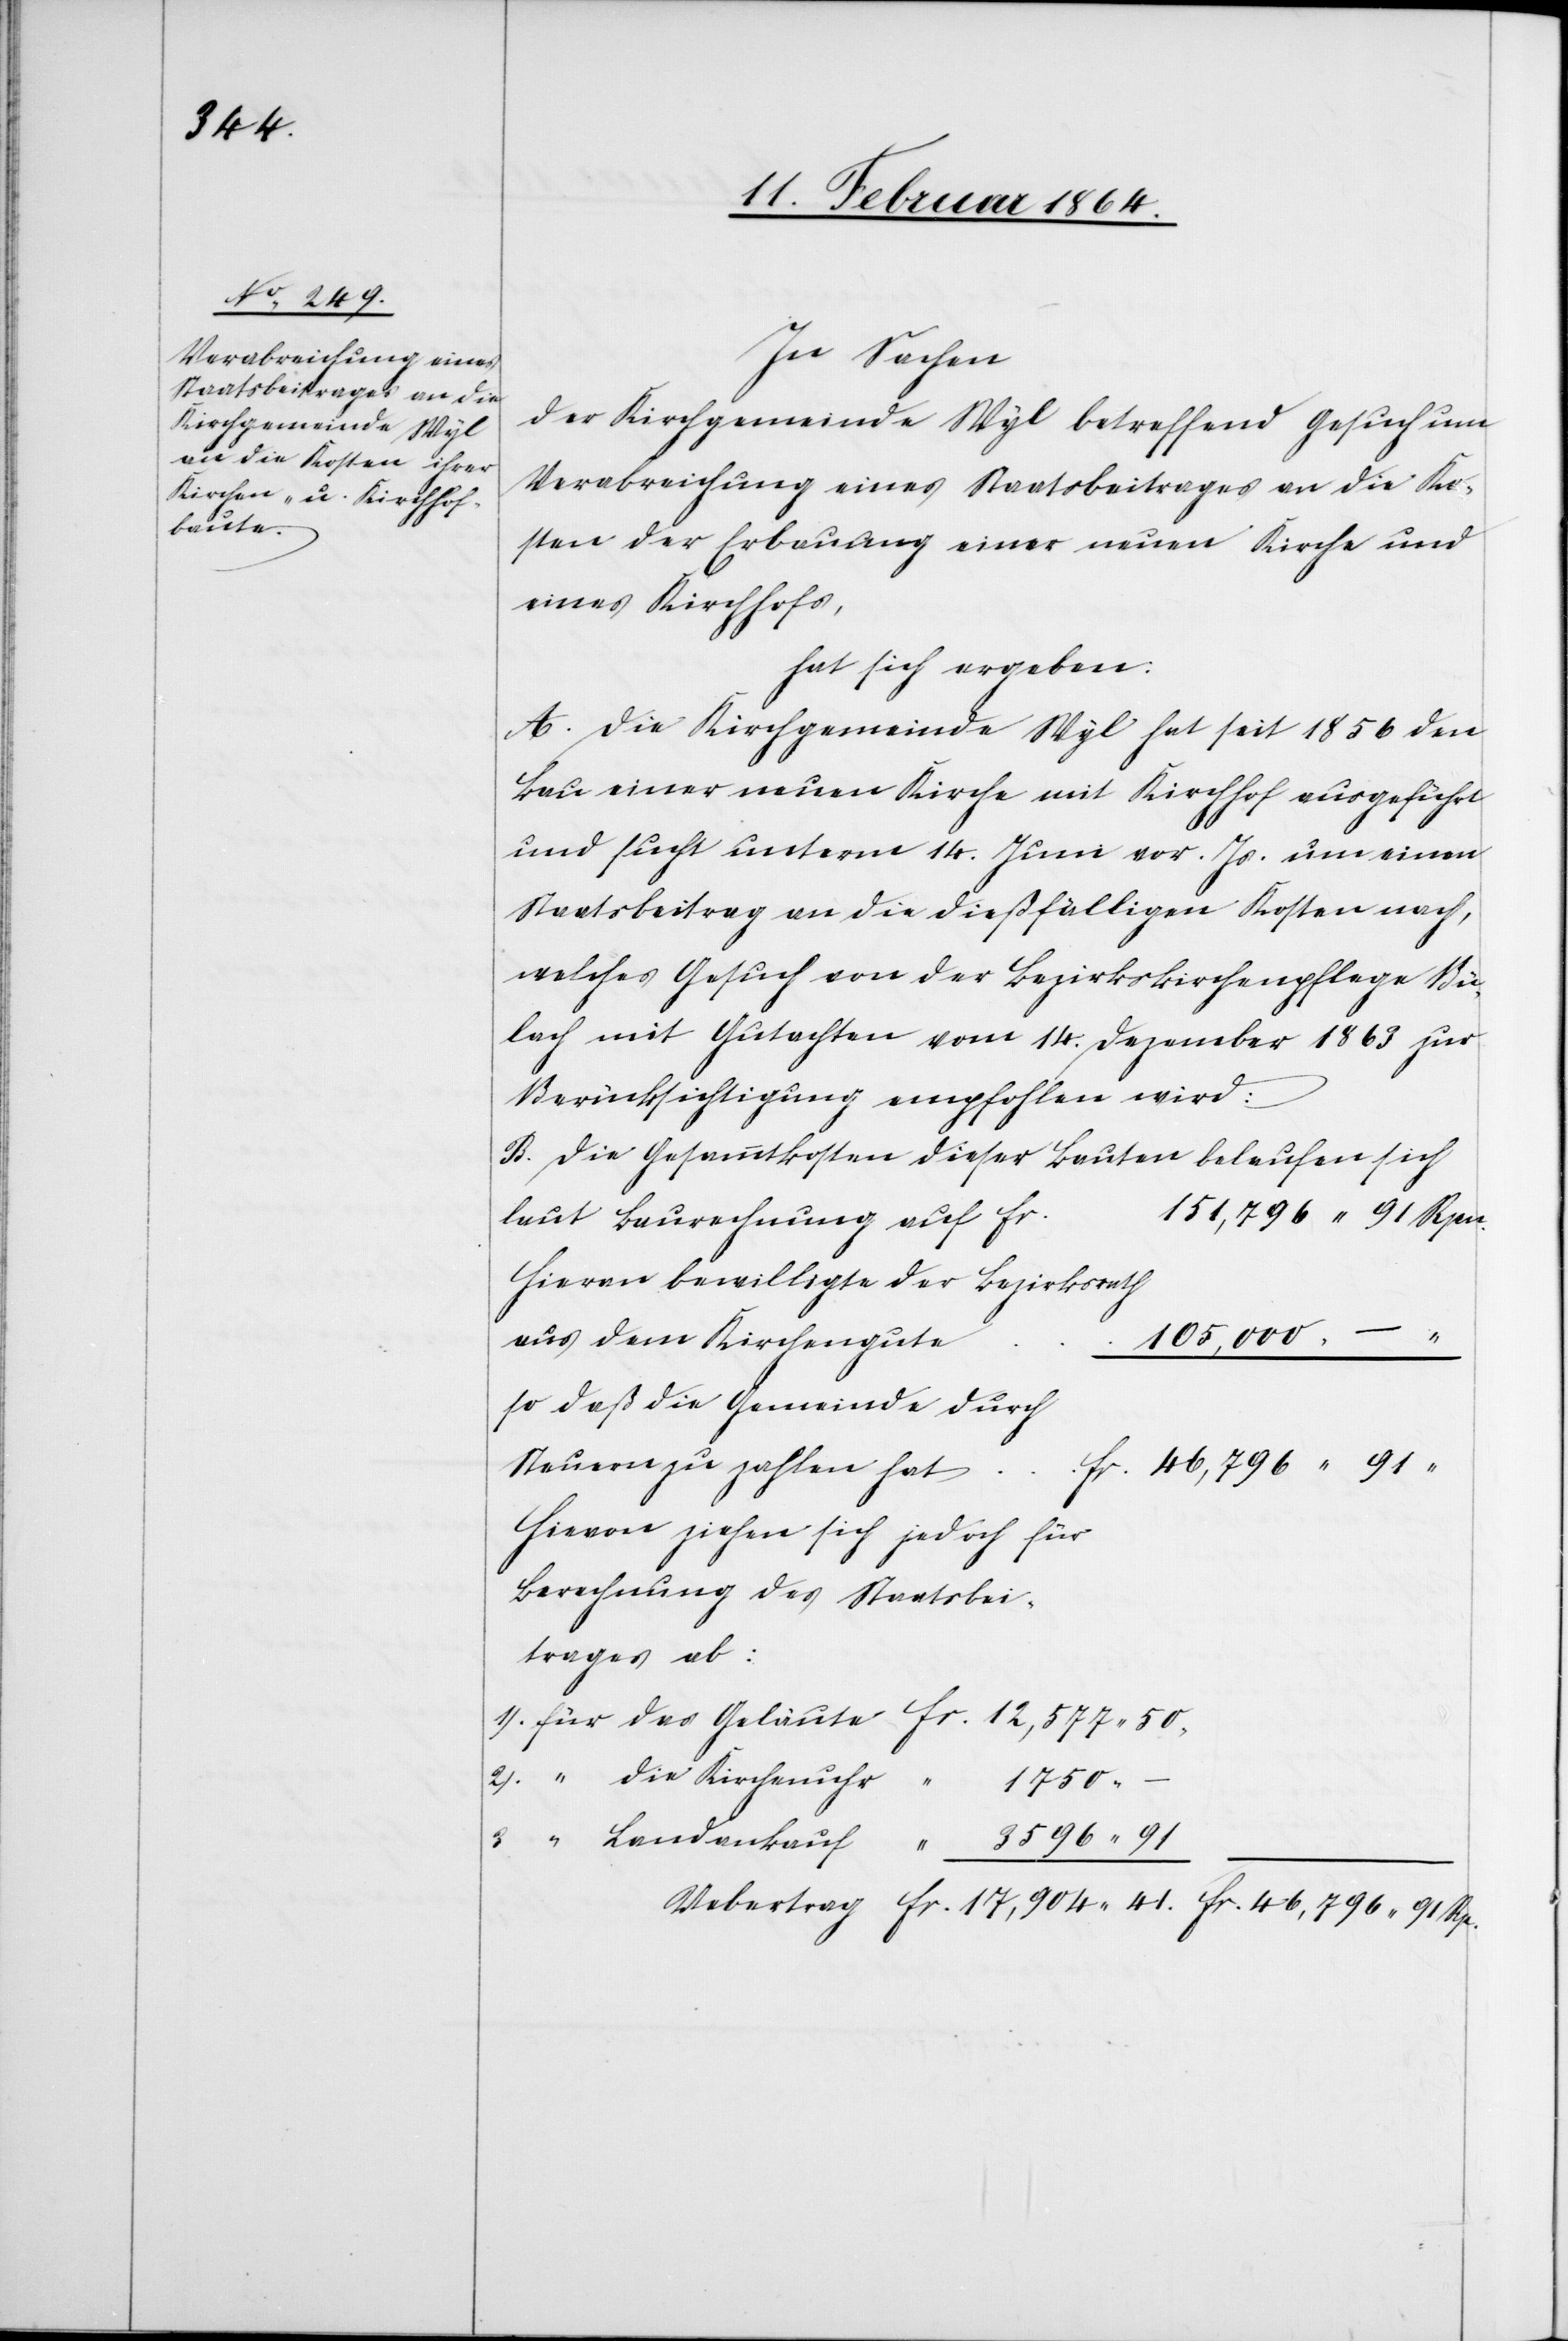
In Sachen
der Kirchgemeinde Wyl betreffend Gesuch um
Verabreichung eines Staatsbeitrages an die Ko¬
sten der Erbauung einer neuen Kirche und
eines Kirchhofs,
hat sich ergeben:
A. Die Kirchgemeinde Wyl hat seit 1856 den
Bau einer neuen Kirche mit Kirchhof ausgeführt
und sucht unterm 14. Juni vor. Js. um einen
Staatsbeitrag an die dießfälligen Kosten nach,
welches Gesuch von der Bezirkskirchenpflege Bü¬
lach mit Gutachten vom 14. Dezember 1863 zur
Berücksichtigung empfohlen wird:
B. Die Gesammtkosten dieser Bauten belaufen sich
151,796 91 Rpn.
laut Baurechnung auf fr.
die
Hievon bewilligte der Bezirksrath
aus dem Kirchengute
105,000
so daß die Gemeinde durch
Steuern zu zahlen hat
3.)
Hievon ziehen sich jedoch für
Berechnung des Staatsbei¬
trages ab: